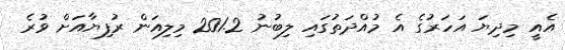
އެއީ މިިދިޔަ އަހަރުގެ އެ މުއްދަތުގައި ލިބުނު 201.2 މިލިއަން ރުފިޔާއަށް ވުރެ